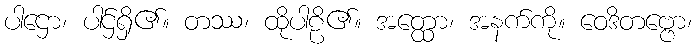
ပါဌော၊ ပါဌ်ရှိ၏။ တဿ၊ ထိုပါဠိ၏။ အတ္ထော၊ အနက်ကို။ ဝေဒိတဗ္ဗော၊